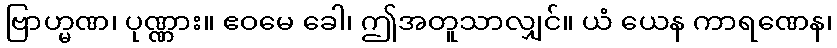
ဗြာဟ္မဏ၊ ပုဏ္ဏား။ ဧဝမေ ခေါ၊ ဤအတူသာလျှင်။ ယံ ယေန ကာရဏေန၊